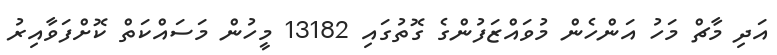
އަދި މާޗް މަހު އަންހެން މުވައްޒަފުންގެ ގޮތުގައި 13182 މީހުން މަސައްކަތް ކޮށްފަވާއިރު